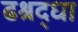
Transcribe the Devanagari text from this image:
ढश्रद्धा